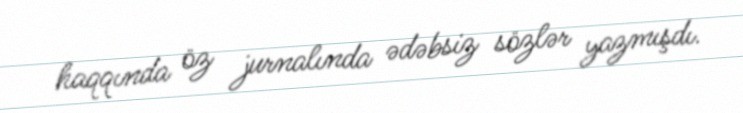
haqqında öz jurnalında ədəbsiz sözlər yazmışdı.